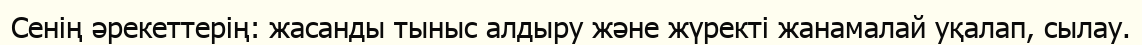
Сенің әрекеттерің: жасанды тыныс алдыру және жүректі жанамалай уқалап, сылау.